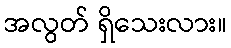
အလွတ် ရှိသေးလား။